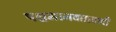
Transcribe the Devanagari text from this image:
पश्चमानवतावादी